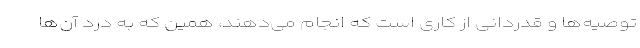
توصیه‌ها و قدردانی از کاری است که انجام می‌دهند، همین‌ که به درد آن‌ها